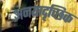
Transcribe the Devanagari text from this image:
अनयादृच्छिक